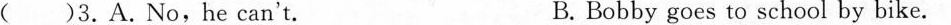
( )3.A.No,he can't. B.Bobby goes to school by bike.